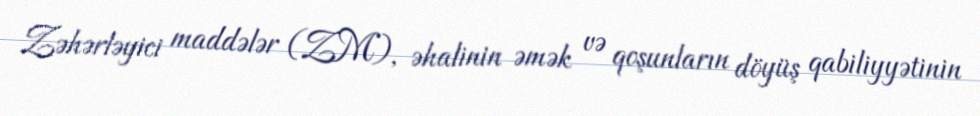
Zəhərləyici maddələr (ZM), əhalinin əmək və qoşunların döyüş qabiliyyətinin